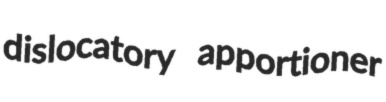
dislocatory apportioner